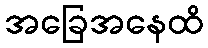
အခြေအနေထိ